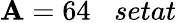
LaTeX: \mathbf{A}=64\; \; \; setat